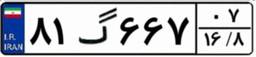
۸۱گ۶۶۷۰۷